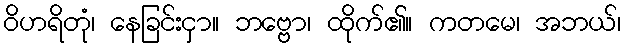
ဝိဟရိတုံ၊ နေခြင်းငှာ။ ဘဗ္ဗော၊ ထိုက်၏။ ကတမေ၊ အဘယ်၊